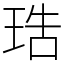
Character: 𤥢